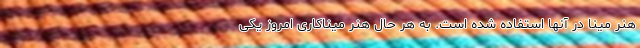
هنر مینا در آنها استفاده شده است. به هر حال هنر میناکاری امروز یکی